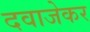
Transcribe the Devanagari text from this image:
दवाजेकर